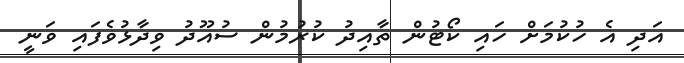
އަދި އެ ހުކުމަށް ހައި ކޯޓުން ތާއިދު ކުރުމުން ސުއޫދު ވިދާޅުވެފައި ވަނީ